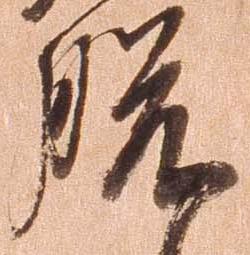
脱